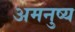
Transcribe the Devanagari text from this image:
अमनुष्य